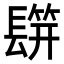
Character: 𨲡